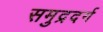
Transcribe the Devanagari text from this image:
समुद्रदर्ग